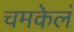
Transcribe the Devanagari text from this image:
चमकेलं